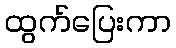
ထွက်ပြေးကာ